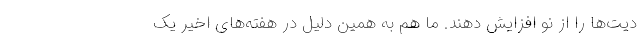
دیت‌ها را از نو افزایش دهند. ما هم به همین دلیل در هفته‌های اخیر یک